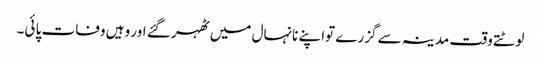
لوٹتے وقت مدینہ سے گزرے تواپنے نانہال میں ٹھہر گئے اور وہیں وفات پا ئی۔